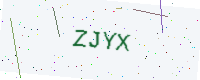
Text: ZJYX